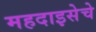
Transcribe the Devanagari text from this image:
महदाइसेचे